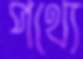
পথ্যে